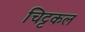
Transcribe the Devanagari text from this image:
चिट्टकल